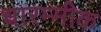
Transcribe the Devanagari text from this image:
धारम्मीक